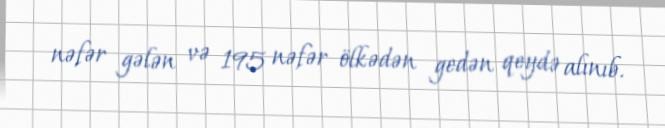
nəfər gələn və 195 nəfər ölkədən gedən qeydə alınıb.